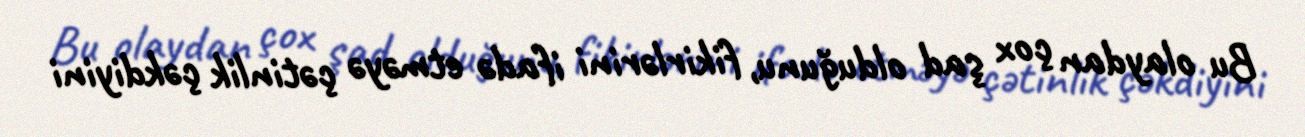
Bu olaydan çox şad olduğunu, fikirlərini ifadə etməyə çətinlik çəkdiyini